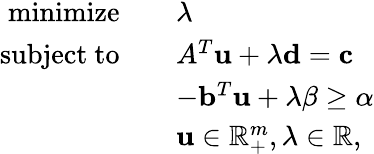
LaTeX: {\begin{array}{rl}{{\mathrm{minimize}}\quad}&{\lambda}\\ {{\mathrm{subject~to}}\quad}&{A^{T}\mathbf{u}+\lambda\mathbf{d}=\mathbf{c}}\\ &{-\mathbf{b}^{T}\mathbf{u}+\lambda\beta\geq\alpha}\\ &{\mathbf{u}\in\mathbb{R}_{+}^{m},\lambda\in\mathbb{R},}\end{array}}